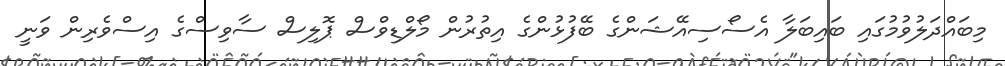
މިބައްދަލުވުމުގައި ބައިބަލާ އެސޯސިއޭޝަންގެ ބޭފުޅުންގެ އިތުރުން މޯލްޑިވްސް ޕޮލިސް ސާވިސްގެ އިސްވެރިން ވަނީ